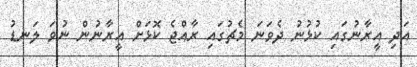
އަދި އީރާނުގައި ކުޅުނު ދެވަނަ މެޗުގައި ރާއްޖެ ކޮޅަށް އީރާނުން ނުވަ ލަނޑު